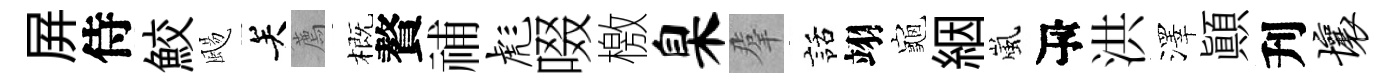
屛侍鮫颺关薦概贅𥙷彪啜檄臬羣話翊龜絪嵐瓴洪澤顚刋壤